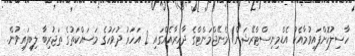
ހާސިލުކޮށްފައިވުމާއެކު އެޑްމިނިސްޓްރޭޝަން/ މެނޭޖްމަންޓްގެ ދާއިރާއެއްގައި 2 އަހަރު ދުވަހުގެ މަސައްކަތުގެ ތަޖުރިބާ ލިބިފައިވުން.